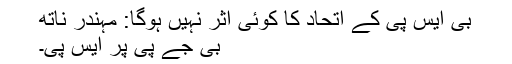
بی ایس پی کے اتحاد کا کوئی اثر نہیں ہوگا: مہندر ناتھ
بی جے پی پر ایس پی۔